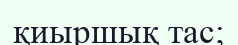
қиыршық тас;